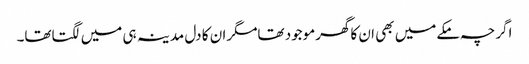
اگرچہ مکےمیں بھی ا ن کاگھرموجود تھامگران کا دل مدینہ ہی میں لگتاتھا۔